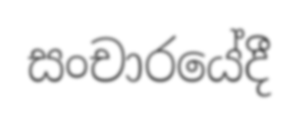
සංචාරයේදී